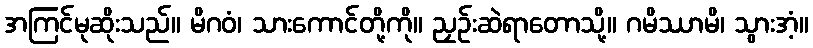
အကြင်မုဆိုးသည်။ မိဂဝံ၊ သားကောင်တို့ကို။ ညှဉ်းဆဲရာတောသို့။ ဂမိဿာမိ၊ သွားအံ့။